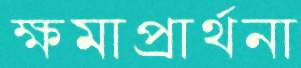
ক্ষমাপ্রার্থনা